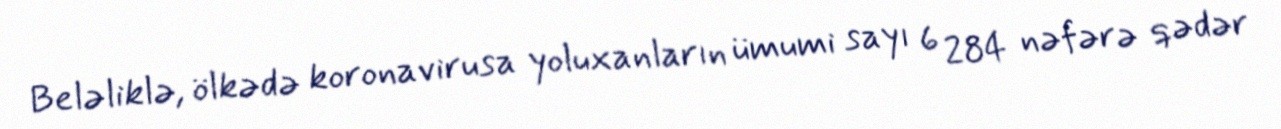
Beləliklə, ölkədə koronavirusa yoluxanların ümumi sayı 6 284 nəfərə qədər